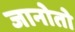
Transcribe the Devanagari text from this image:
जानोतो